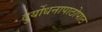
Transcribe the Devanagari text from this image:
दुर्योधनापाठोपाठ